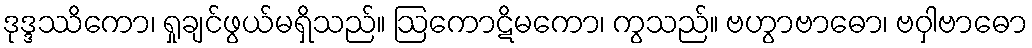
ဒုဒ္ဒဿိကော၊ ရှုချင်ဖွယ်မရှိသည်။ ဩကောဋိမကော၊ ကွသည်။ ဗဟွာဗာဓော၊ ဗဝှါဗာဓော